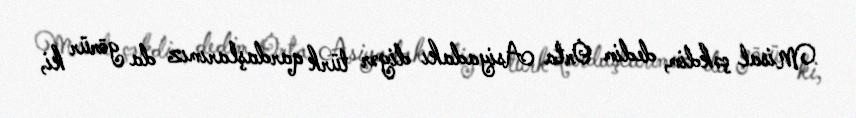
Misal çəkdim, dedim Orta Asiyadakı digər türk qardaşlarımız da görür ki,